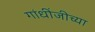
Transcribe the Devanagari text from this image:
गांधींजीच्या